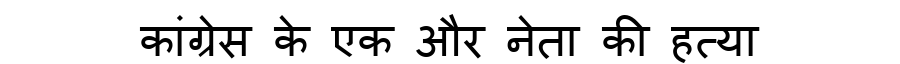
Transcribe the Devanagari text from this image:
कांग्रेस के एक और नेता की हत्या